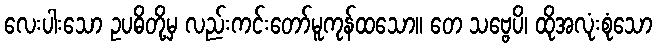
လေးပါးသော ဥပဓိတို့မှ လည်းကင်းတော်မူကုန်ထသော။ တေ သဗ္ဗေပိ၊ ထိုအလုံးစုံသော